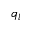
q _ { l }